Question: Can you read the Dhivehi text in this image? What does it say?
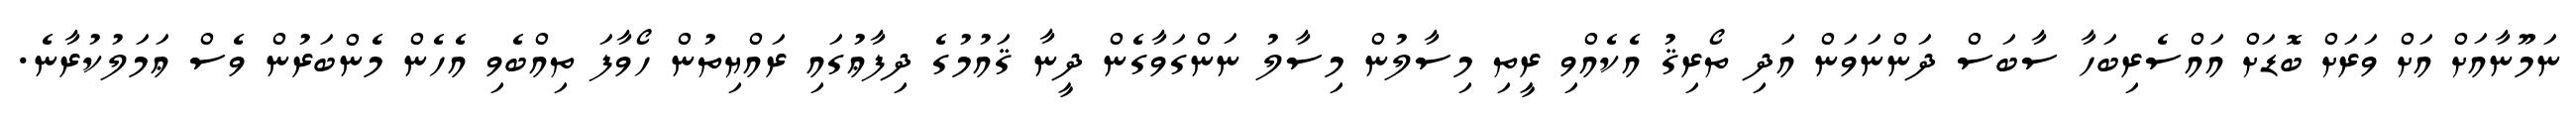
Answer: ނަމޫނާއަށް އަށް ވަރަށް ބޮޑަށް އައްސެރިބަހާ ސާބަސް ދަންނަވަން އަދި ތޯރިޤު އެކެއްވި ރީތި މިސާލުން މިސާލު ނަންގަވާގެން ދީނާ ޤައުމުގެ ދިފާޢުގައި ރައްޔިތުން ހޯވާފަ ތިއްބެވި އެހެން މެންބަރުން ވެސް ޢަމަލުކުރާނެ.